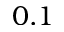
0 . 1